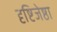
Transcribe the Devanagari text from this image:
दृष्टिजेष्ठा